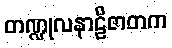
တဏ္ဍုလနာဠိဇာတက